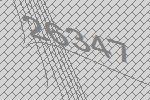
26347